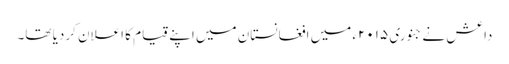
داعش نے جنوری ۲۰۱۵ء میں افغانستان میں اپنے قیام کا اعلان کردیا تھا۔